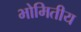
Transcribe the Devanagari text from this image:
भोमितीय